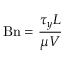
\mathrm { B n } = { \frac { \tau _ { y } L } { \mu V } }